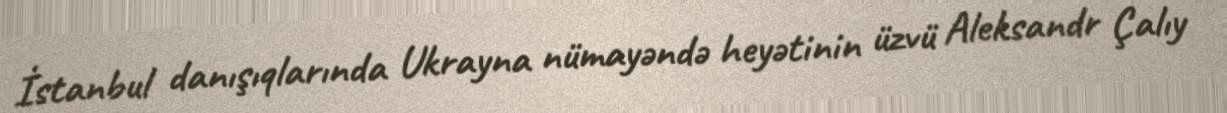
İstanbul danışıqlarında Ukrayna nümayəndə heyətinin üzvü Aleksandr Çalıy